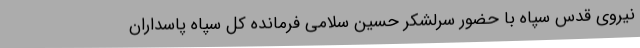
نیروی قدس سپاه با حضور سرلشکر حسین سلامی فرمانده کل سپاه پاسداران